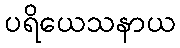
ပရိယေသနာယ